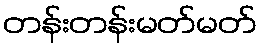
တန်းတန်းမတ်မတ်